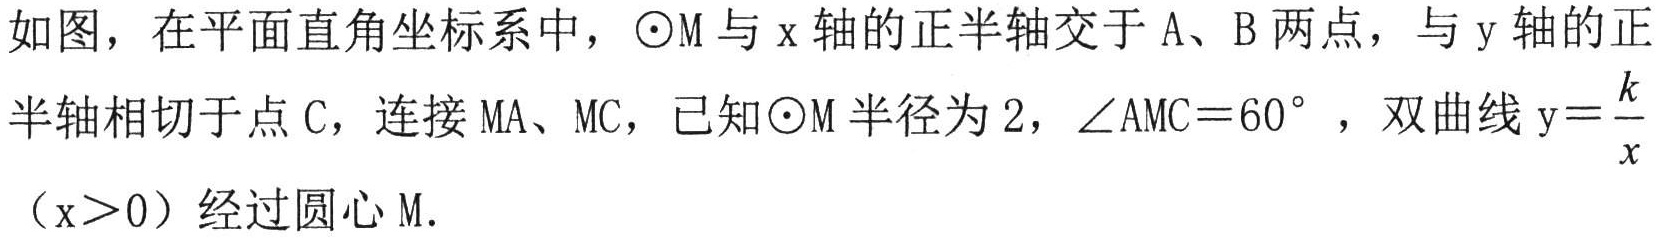
如图，在平面直角坐标系中，\(\odot M\)与\(x\)轴的正半轴交于\(A、B\)两点，与\(y\)轴的正半轴相切于点\(C\)，连接\(MA、MC\)，已知\(\odot M\)半径为\(2\)，\(\angle AMC = 60^{\circ}\)，双曲线\(y = \frac{k}{x}\)（\(x>0\)）经过圆心\(M\).